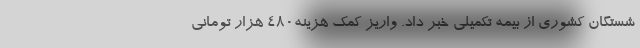
شستگان کشوری از بیمه تکمیلی خبر داد. واریز کمک هزینه۴۸۰ هزار تومانی